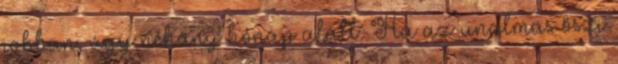
jobban, úgy néhány hónap alatt. Ha az unalmas őszi